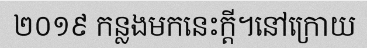
២០១៩ កន្លងមកនេះក្តី។នៅក្រោយ